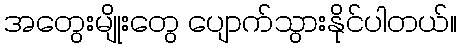
အတွေးမျိုးတွေ ပျောက်သွားနိုင်ပါတယ်။